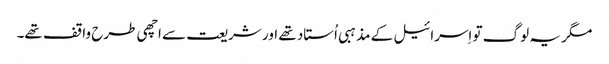
‏ مگر یہ لوگ تو اِسرائیل کے مذہبی اُستاد تھے اور شریعت سے اچھی طرح واقف تھے۔